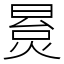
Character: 㬃